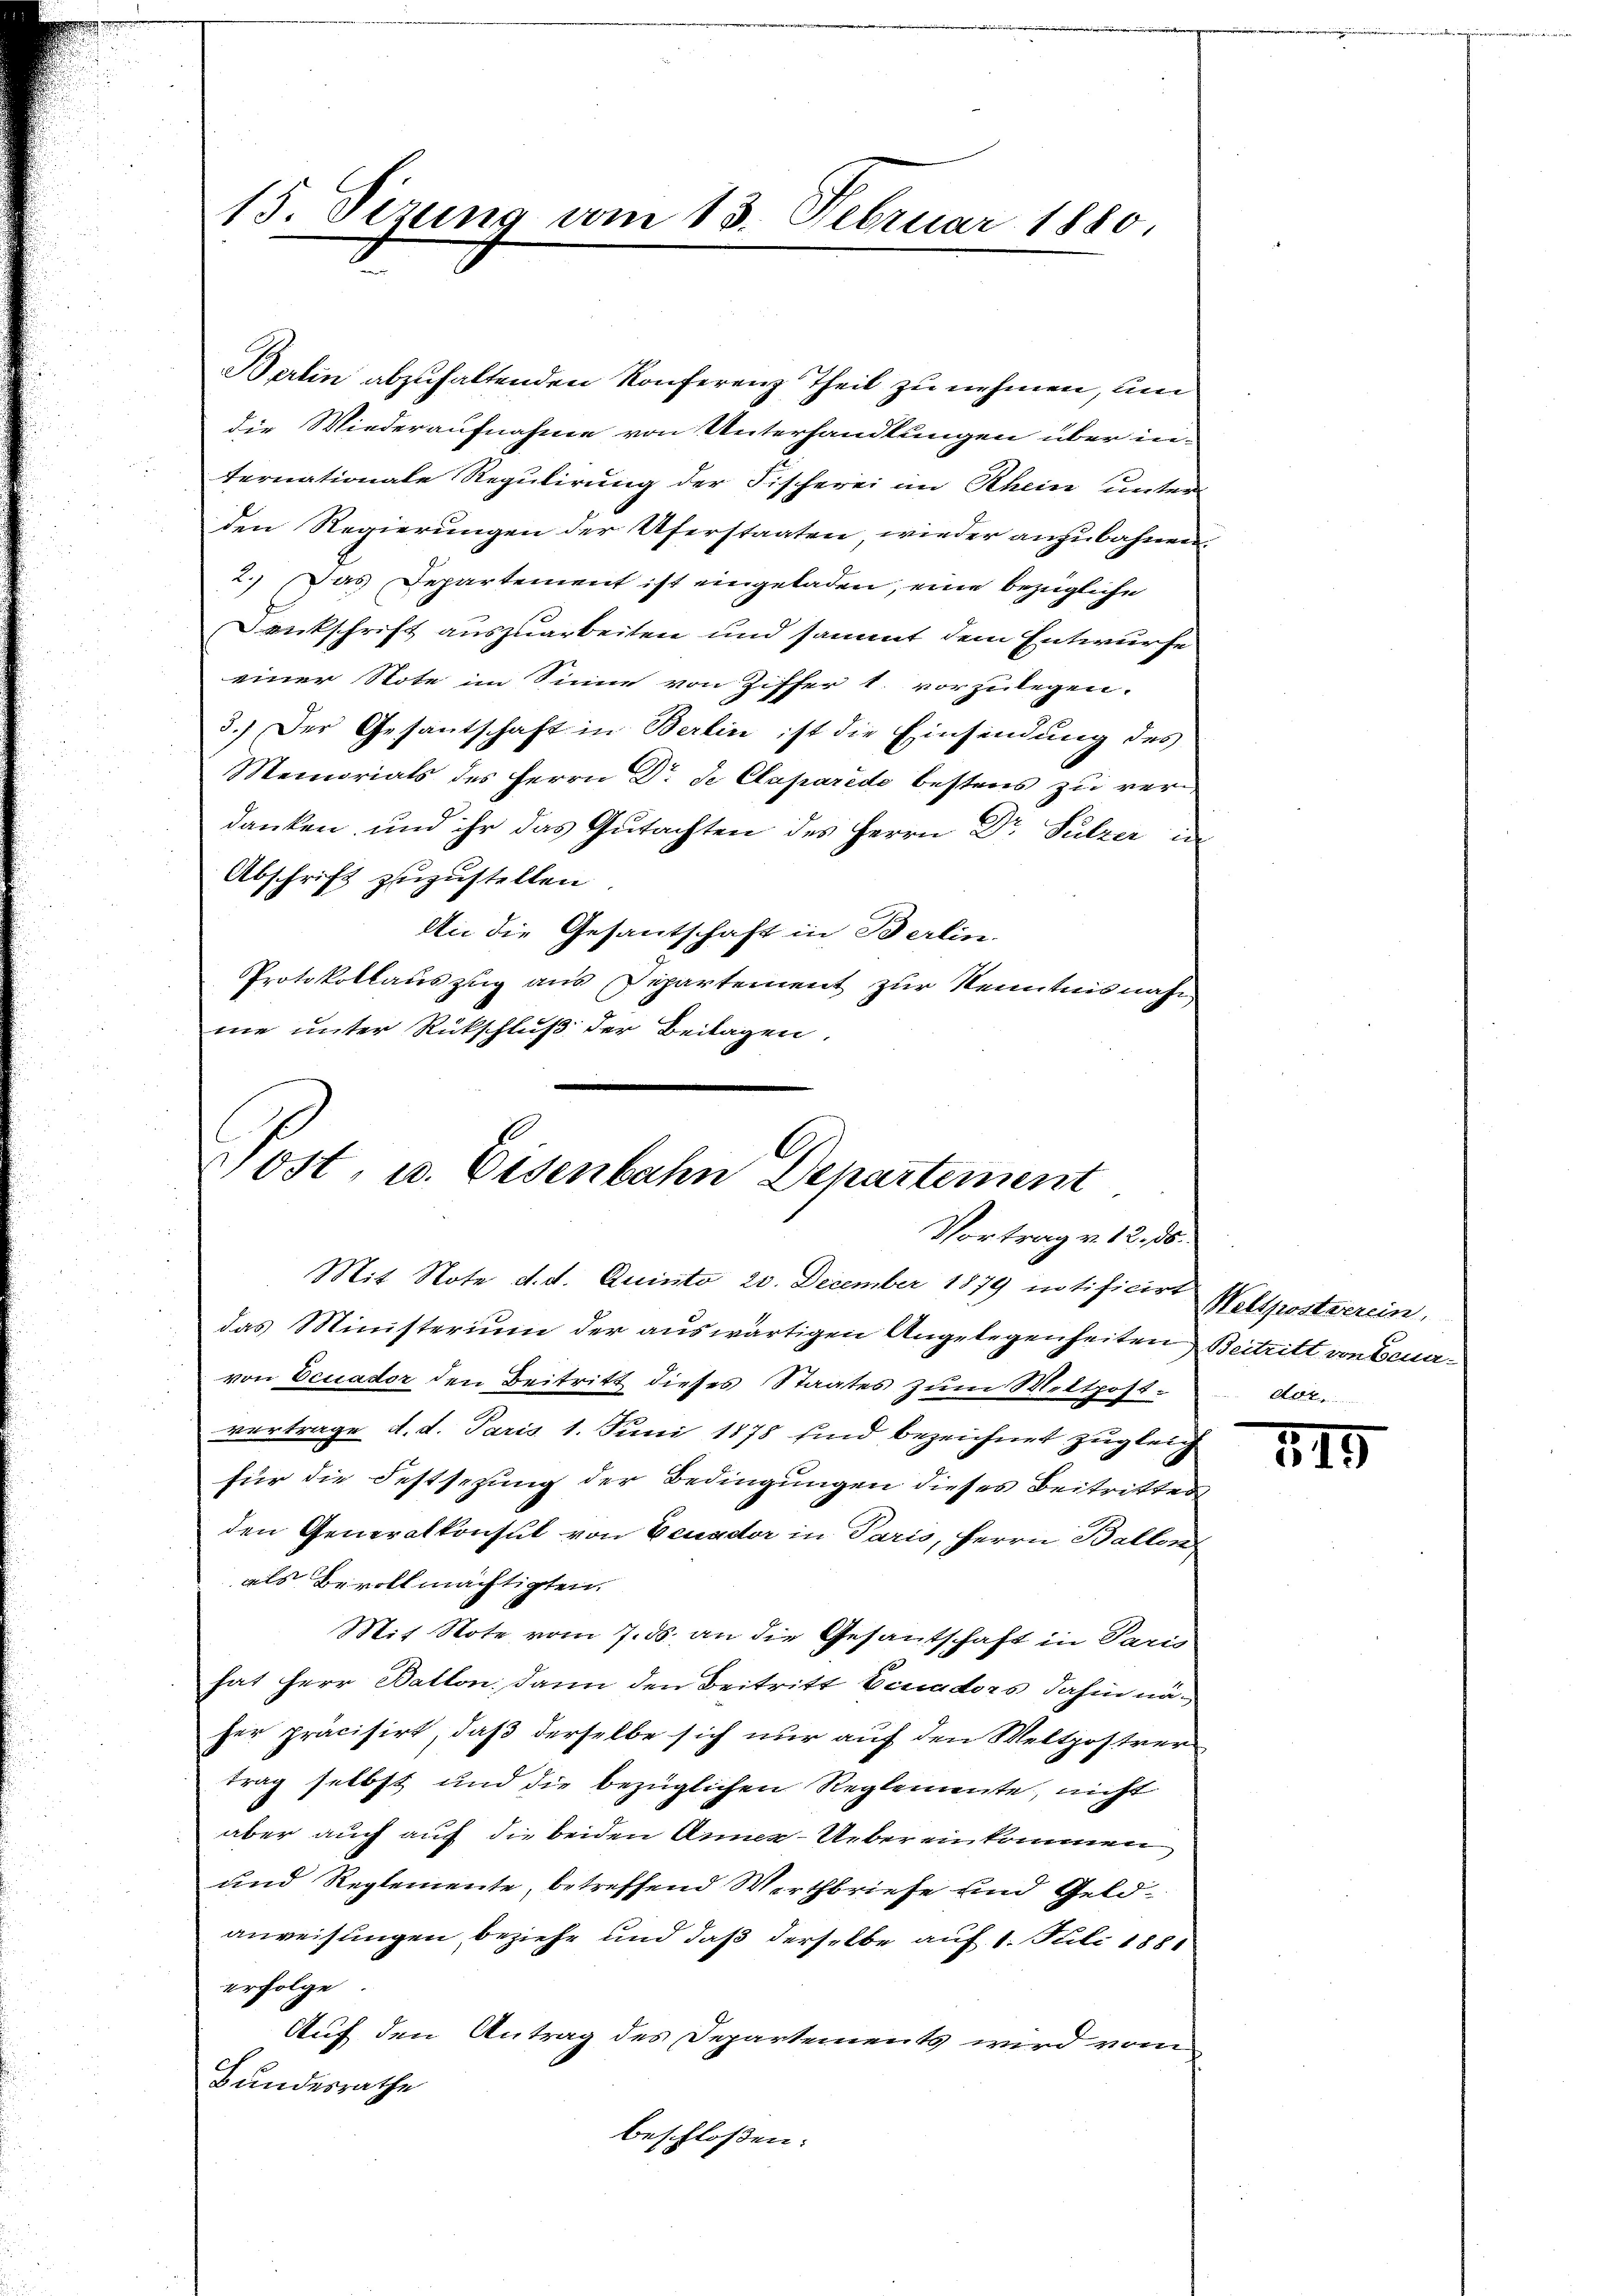
15. Sizung vom 13. Februar 1880.

Berlin abzuhaltenden Konferenz Theil zu nehmen, um
die Wiederaufnahme von Unterhandlungen über in-
ternationale Regulirung der Fischerei im Rhein unter-
den Regierungen der Uferstaaten, wieder anzubahnen.
2.) Das Departement ist eingeladen, eine bezügliche
Denkschrift auszuarbeiten und sammt dem Entwurfe
einer Note im Sinne von Ziffer 1. vorzulegen.
3.) Der Gesantschaft in Berlin ist die Einsendung des
Memorials des Herrn Dr. de Claparede bestens zu verdanken und ihr das Gutachten des Herrn Dr Sulzer in
Abschrift zuzustellen.
An die Gesantschaft in Berlin.
Protokollauszug aus Departement zur Kenntnisnahe
me unter Rückschluß der Beilagen,

Post, u. Eisenbahn Departement
Vortrag v. 12. ds.

Mit Note d. d. Quinto 20. December 1879 intificirt Weltpostverein,
das Ministerium der auswärtigen Angelegenheiten Beitritt von benavon Feuader den Beitritt dieses Staates zum Mettpost-
vertrage d. d. Paris 1. Juni 1878 sind bezeichnet zugleich
für die Festsezung der Bedingungen dieses Beitrittes
den Generalkonsul von Benador in Paris, Herrn Ballen
als Bevollmächtigten.
Mit Note vom 7. ds. an die Gesantschaft in Paris
hat Herr Batton, dann den Beitritt Einadors dahin näher präcisirt, daß derselbe sich nur auf den Weltpostrer-
trag selbst und die bezüglichen Reglemente, nicht
aber auch auf die beiden Anna - Uebereinkommen
und Reglemente, betreffend Werthbriefe und Geldanweisungen, beziehe und daß derselbe auf 1. Juli 188
erfolge
Auf den Antrag des Departements wird vom
Bundesrathe
beschloßen:

dor.

519